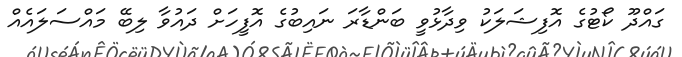
ގައްދޫ ކޯޓުގެ އޮފިޝަލަކު ވިދާޅުވީ ބަންޑާރަ ނައިބުގެ އޮފީހަށް ދައުވާ ލިބޭ މައްސަލައެއް